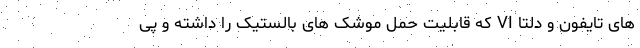
های تایفون و دلتا VI که قابلیت حمل موشک های بالستیک را داشته و پی